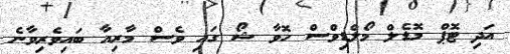
އަދި ޓޮޕް މޮޑެލް މޯލްޑިވްސް ހޮވާ ޝޯ ގައި ވެސް މާރިއާ ބައިވެރިވާނެ